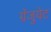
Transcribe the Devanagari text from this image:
ग्रॅजुयेट